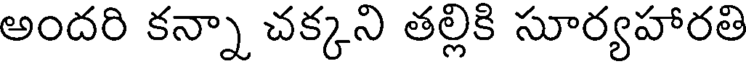
అందరి కన్నా చక్కని తల్లికి సూర్యహారతి